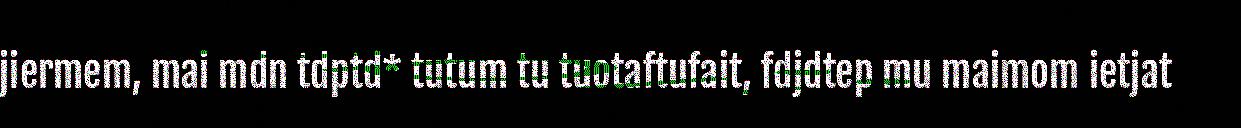
jiermem, mai mdn tdptd* tutum tu tuotaftufait, fdjdtep mu maimom ietjat